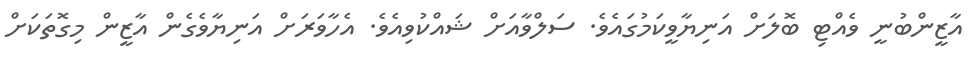
އާޒީންބުނީ ވެއްޓި ބޮލަށް އަނިޔާވީކަމުގައެވެ. ސަލްވާއަށް ޝައްކުވިއެވެ. އެހާވަރަށް އަނިޔާވެގެން އާޒީން މިގޮތަކަށް